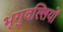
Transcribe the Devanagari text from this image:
भृगुवल्लियों